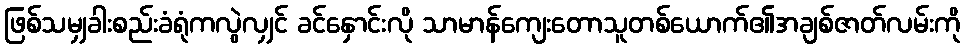
ဖြစ်သမျှခါးစည်းခံရုံကလွဲလျှင် ခင်နှောင်းလို သာမာန်ကျေးတောသူတစ်ယောက်၏အချစ်ဇာတ်လမ်းကို